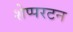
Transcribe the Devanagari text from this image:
शेप्परटन